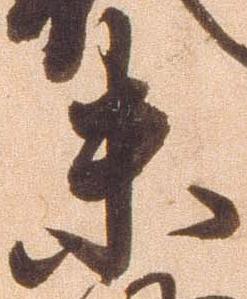
未